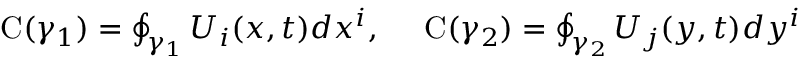
\begin{array} { r } { \mathrm { C } ( \gamma _ { 1 } ) = \oint _ { \gamma _ { 1 } } U _ { i } ( x , t ) d x ^ { i } , ~ ~ ~ ~ \mathrm { C } ( \gamma _ { 2 } ) = \oint _ { \gamma _ { 2 } } U _ { j } ( y , t ) d y ^ { i } } \end{array}